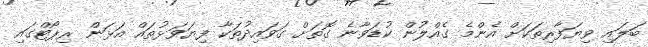
ބަލައި ވިޔަފާރިތަކަށް އެންމެ ގެއްލުން ކުޑަވާނެ ގޮތަށް ގަވައިދުތަކާ ފިޔަވަޅުތައް އަޅަން ރިޕޯޓްގައި